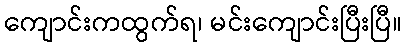
ကျောင်းကထွက်ရ၊ မင်းကျောင်းပြီးပြီ။